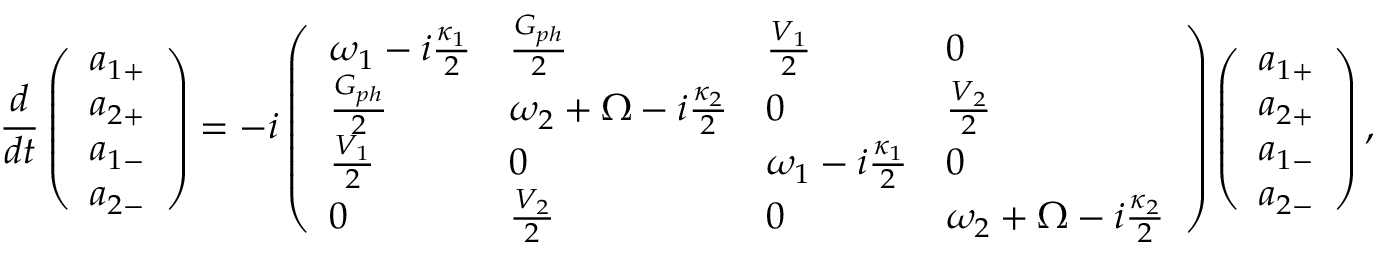
\frac { d } { d t } \left( \begin{array} { l } { a _ { 1 + } } \\ { a _ { 2 + } } \\ { a _ { 1 - } } \\ { a _ { 2 - } } \end{array} \right) = - i \left( \begin{array} { l l l l } { \omega _ { 1 } - i \frac { \kappa _ { 1 } } { 2 } } & { \frac { G _ { p h } } { 2 } } & { \frac { V _ { 1 } } { 2 } } & { 0 } \\ { \frac { G _ { p h } } { 2 } } & { \omega _ { 2 } + \Omega - i \frac { \kappa _ { 2 } } { 2 } } & { 0 } & { \frac { V _ { 2 } } { 2 } } \\ { \frac { V _ { 1 } } { 2 } } & { 0 } & { \omega _ { 1 } - i \frac { \kappa _ { 1 } } { 2 } } & { 0 } \\ { 0 } & { \frac { V _ { 2 } } { 2 } } & { 0 } & { \omega _ { 2 } + \Omega - i \frac { \kappa _ { 2 } } { 2 } } \end{array} \right) \left( \begin{array} { l } { a _ { 1 + } } \\ { a _ { 2 + } } \\ { a _ { 1 - } } \\ { a _ { 2 - } } \end{array} \right) ,